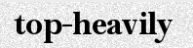
top-heavily